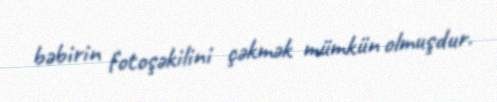
bəbirin fotoşəkilini çəkmək mümkün olmuşdur.